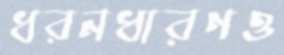
ধরনধারণও